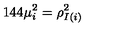
1 4 4 \mu _ { i } ^ { 2 } = \rho _ { I ( i ) } ^ { 2 }